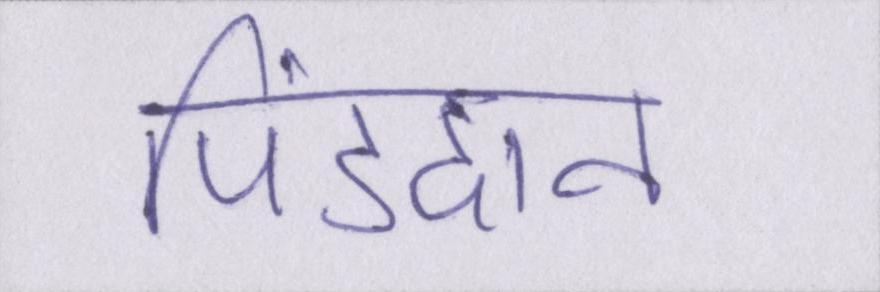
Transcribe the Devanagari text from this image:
पिंडदान